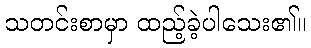
သတင်းစာမှာ ထည့်ခဲ့ပါသေး၏။